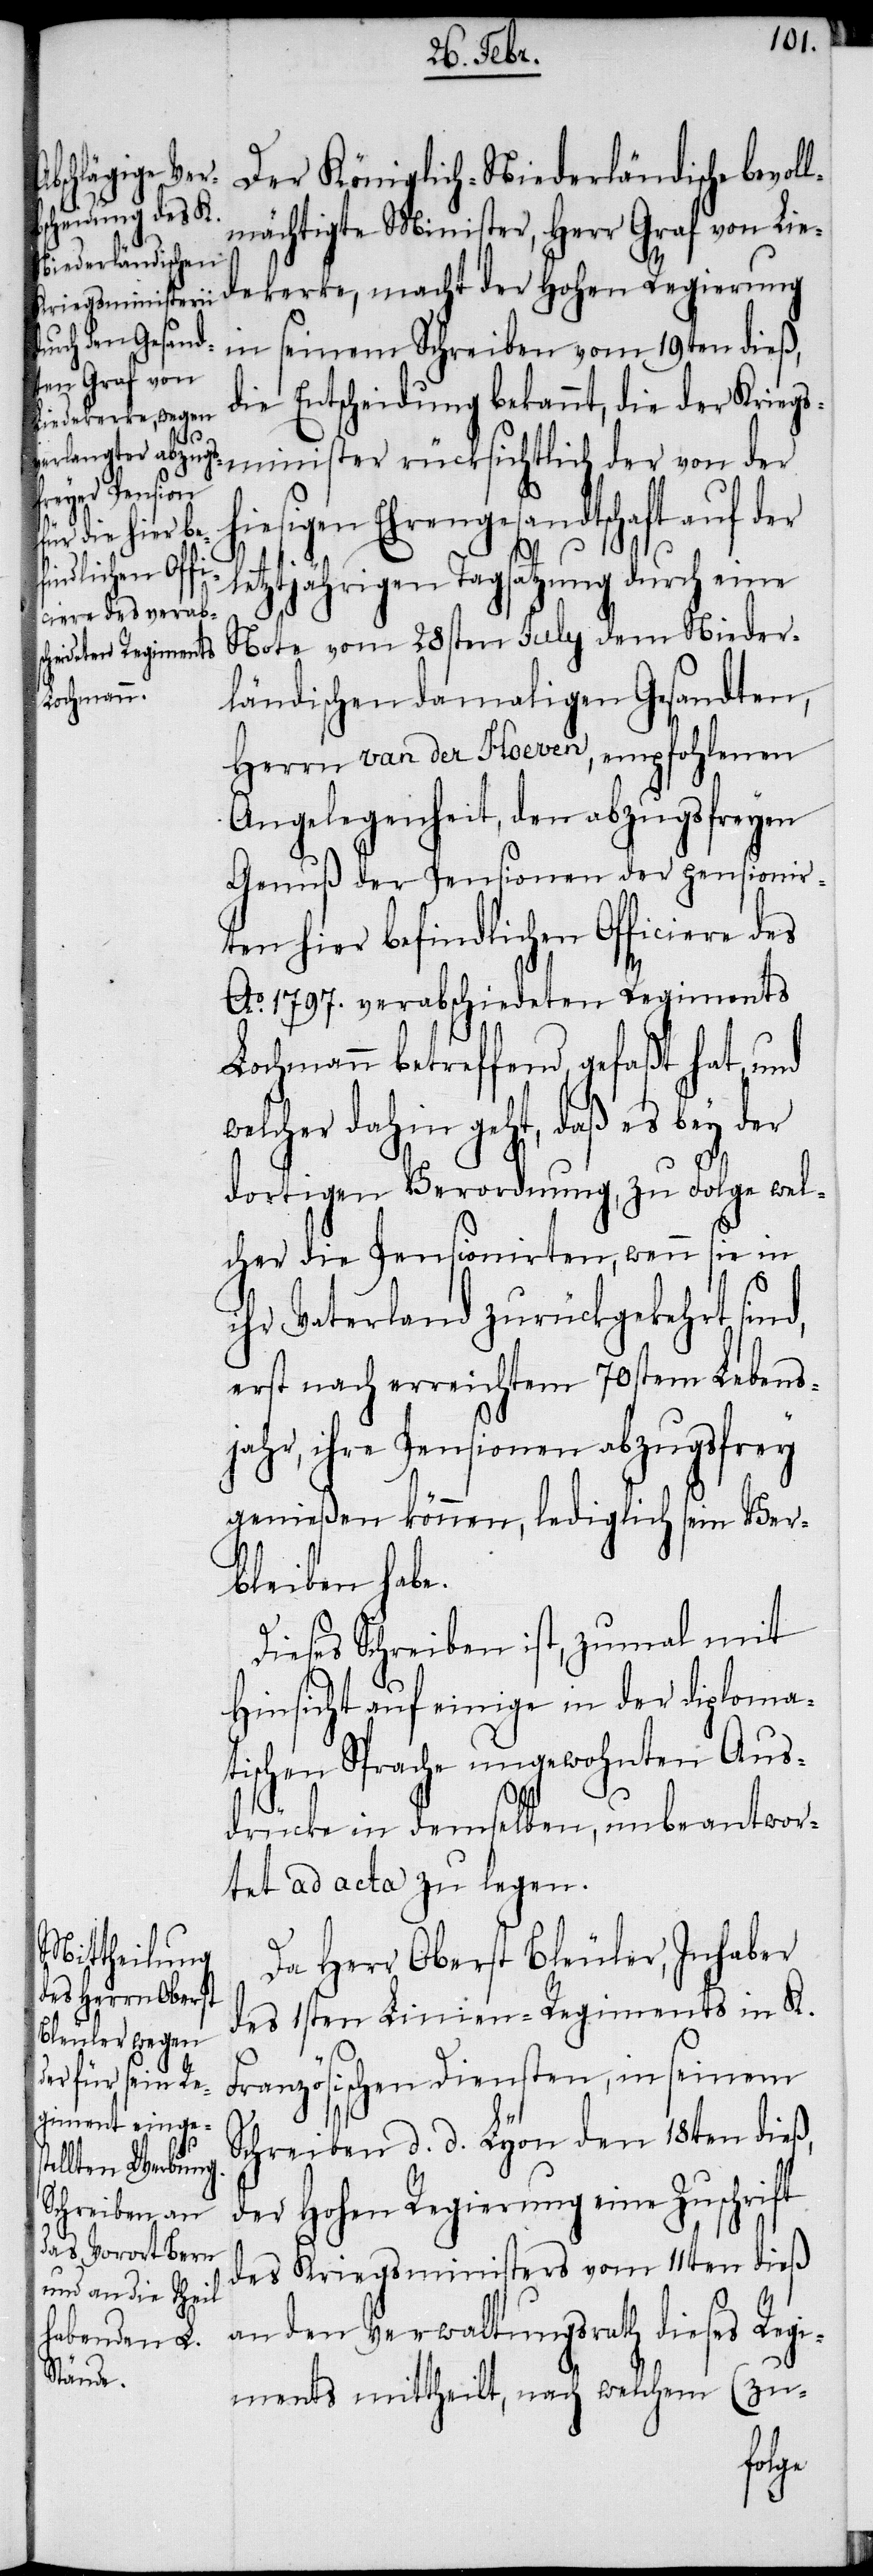
Der Königlich-Niederländische bevol¬
lmächtigte Minister, Herr Graf von Lie¬
dekerke, macht der Hohen Regierung
mini¬
seinem Schreiben vom 19ten dieß,
die Entscheidung bekannt, die der Kriegs¬
der von der
hiesigen Ehrengesandtschaft auf der
letztjährigen Tagsatzung durch eine
Note vom 28sten July dem Nieder¬
ländischen damaligen Gesandten,
Herrn van der Hoeven, empfohlenen
Angelegenheit, den abzugsfreyen
Genuß der Pensionen der pensionir¬
ten hier befindlichen Officiere des
Ao. 1797. verabschiedeten Regiments
Lochmann betreffend, gefaßt hat, und
welcher dahin geht, daß es bey der
dortigen Verordnung, zu Folge wel¬
cher die Pensionirten, wenn sie in
ihr Vaterland zurückgekehrt sin¬
erst nach erreichtem 70sten Lebens¬
jahr, ihre Pensionen abzugsfrey
genießen können, lediglich sein Ver¬
bleiben habe.
Dieses Schreiben ist, zumal mit
Hinsicht auf einige in der diploma¬
tischen Sprache ungewohnten Aus¬
d,
drücke in demselben, unbeantwor¬
tet ad acta zu legen.
Da Herr Oberst Bleuler, Inhaber
des 1sten Linien-Regiments in K.
Französischen Diensten, in seinem
Schreiben d. d. Lyon den 18ten dieß,
der Hohen Regierung eine Zuschrift
des Kriegsministers vom 11ten dieß
an den Verwaltungsrath dieses Regi¬
ments mittheilt, nach welchem (zu-
ster